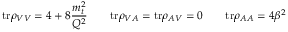
\mathrm { t r } \rho _ { V V } = 4 + 8 { \frac { m _ { t } ^ { 2 } } { Q ^ { 2 } } } \qquad \mathrm { t r } \rho _ { V A } = \mathrm { t r } \rho _ { A V } = 0 \qquad \mathrm { t r } \rho _ { A A } = 4 \beta ^ { 2 }